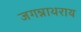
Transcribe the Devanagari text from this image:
जगन्नाथराय